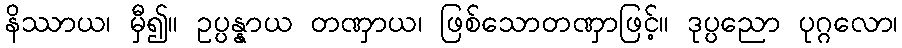
နိဿာယ၊ မှီ၍။ ဥပ္ပန္နာယ တဏှာယ၊ ဖြစ်သောတဏှာဖြင့်။ ဒုပ္ပညော ပုဂ္ဂလော၊